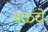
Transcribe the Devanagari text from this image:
मळचे